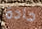
حادة